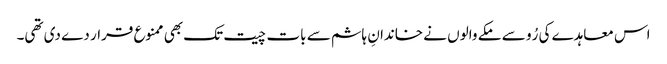
اس معاہدے کی رُو سے مکے والوں نے خاندانِ ہاشم سے بات چیت تک بھی ممنوع قرار دے دی تھی۔